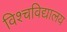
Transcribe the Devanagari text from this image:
विश्चविद्यालय